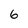
Character: 6